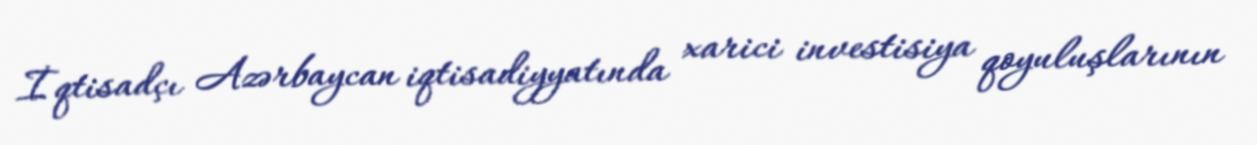
İqtisadçı Azərbaycan iqtisadiyyatında xarici investisiya qoyuluşlarının